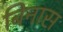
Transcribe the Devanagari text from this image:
बिनास